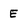
Character: E